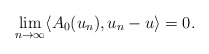
\begin{align*}\lim_{n\rightarrow\infty} \langle A_0(u_n), u_n - u \rangle = 0.\end{align*}